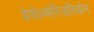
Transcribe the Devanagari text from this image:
डेपोल्य्मेरिज़तिओन